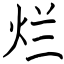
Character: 烂